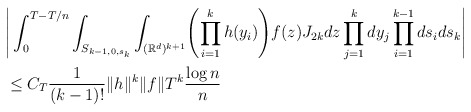
\begin{align*}&\Bigg|\int_0^{T-T/n} \int_{S_{k-1,0,s_k}}\int_{(\mathbb{R}^d)^{k+1}} \Biggl(\prod_{i=1}^kh(y_i)\Biggr)f(z) J_{2k} dz \prod_{j=1}^k dy_j \prod_{i=1}^{k-1}ds_{i} ds_k \Bigg|\\&\leq C_T \frac{1}{(k-1)!} \|h\|^k\|f\| T^{k}\frac{\log n}{n}\end{align*}